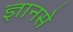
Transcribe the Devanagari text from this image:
ज्ञानसे